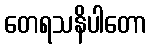
တေရသနိပါတော